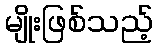
မျိုးဖြစ်သည့်